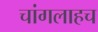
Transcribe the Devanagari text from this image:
चांगलाहच